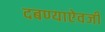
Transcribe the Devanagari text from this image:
दबण्याऐवजी